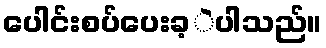
ပေါင်းစပ်ပေးခ့ဲပါသည်။